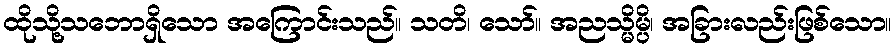
ထိုသို့သဘောရှိသော အကြောင်းသည်။ သတိ၊ သော်။ အညသ္မိမ္ပိ၊ အခြားလည်းဖြစ်သော။